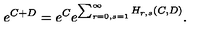
e ^ { C + D } = e ^ { C } e ^ { \sum _ { r = 0 , s = 1 } ^ { \infty } H _ { r , s } ( C , D ) } .